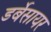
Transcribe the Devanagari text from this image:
डर्बेसायर